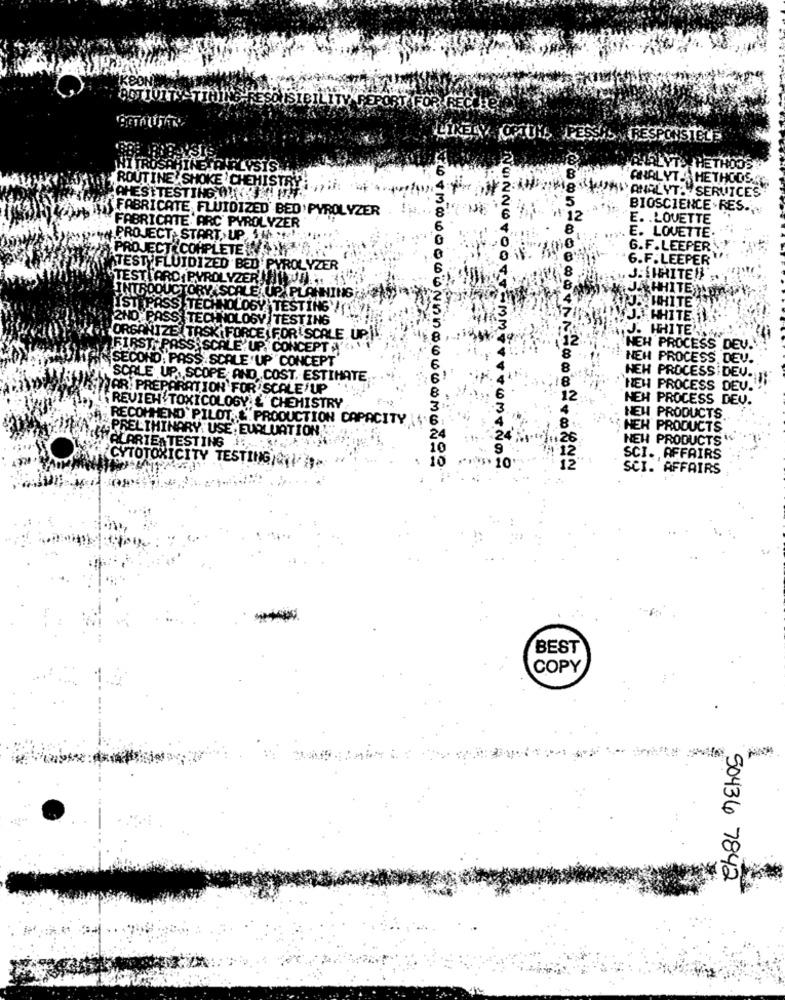
KOON
BOTIULTS
ISIBILITY
LIKELY OPTIES PRESSION RESPONSTELS
12
LYSIS
ANALYIS HETHOOS
8
ANALYT : HETHODS.
ROUTINE" SHOKE CHEMISTRY ,,
MI ANALYT: SERVICES
AHESTTESTING, 01(RUNIT;
5
BIOSCIENCE.RES ...
TIR FABRICATE FLUIDIZED' BED PYROLYZER
6
* 12
E. . LOVETTE
FABRICATE ARC PYROLYZER
8
PROJECT. START, UP $ ( " !!
E. LOVETTE.
PROJECT COMPLETE ()"
10
G.F. LEEPER
6.F . LEEPER
ATEST FLUIDIZED BED PYROLYZER
TESTI ARD PYROL YZER !HIER. IW
NONNOTOOT
HITEN
INTRODUCTORY SCALE UP PLANNING
ASTIPASS TECHNOLOGY TESTING'!
2ND. PASS ] TECHNOLOGY TESTING
HITE
J. HHITE
ORGANIZE TASK FORCE FOR SCALE UP.i!'
12'
FIRST PASS. SCALE' UP. CONCEPT '
NEH PROCESS DEV.
SECOND; PASS SCALE UP" CONCEPT
NEH PROCESS DEV.
HEH PROCESS DEV.
SCALE UP. SCOPE; AND .COST, ESTIHATE
NAR. PREP
ARATION FOR SCALE'UP
"NEH PROCESS DEV.
FREVIEH'T
NEH PROCESS DEV.
TOXICOLOGY & CHEMISTRY
RECOMMEND PILOT & PRODUCTION CAPACITY IS
NEW PRODUCTS
PRELIMINARY: USE, EURLUATION
HEH PRODUCTS
NEW PRODUCTS
ACARTE, TESTING !: 3
9
SCI. AFFAIRS
CYTOTOXICITY TESTING/4/19
10
EMMYTOTOMENOS
SCI. AFFAIRS
BEST
COPY
50436 7842